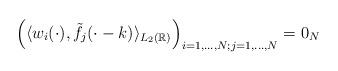
LaTeX: \begin{align*}\Big ( \langle w_{i}( \cdot ) , \tilde{f}_{j}( \cdot - k ) \rangle_{L_{2}(\mathbb{R})} \Big )_{i=1 , \ldots , N; j = 1, \ldots , N} = 0_{N} \end{align*}